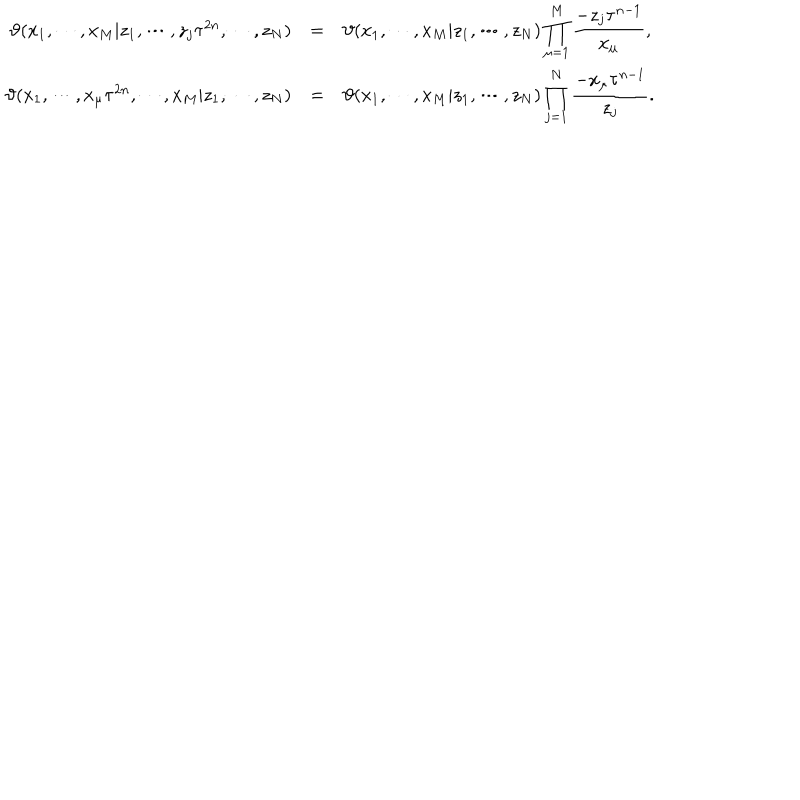
LaTeX: \begin{array} { r c l } { { \vartheta ( x _ { 1 } , \cdots , x _ { M } | z _ { 1 } , \cdots , z _ { j } \tau ^ { 2 n } , \cdots , z _ { N } ) } } & { { = } } & { { \vartheta ( x _ { 1 } , \cdots , x _ { M } | z _ { 1 } , \cdots , z _ { N } ) \displaystyle \prod _ { \mu = 1 } ^ { M } \frac { - z _ { j } \tau ^ { n - 1 } } { x _ { \mu } } , } } \\ { { \vartheta ( x _ { 1 } , \cdots , x _ { \mu } \tau ^ { 2 n } , \cdots , x _ { M } | z _ { 1 } , \cdots , z _ { N } ) } } & { { = } } & { { \vartheta ( x _ { 1 } , \cdots , x _ { M } | z _ { 1 } , \cdots , z _ { N } ) \displaystyle \prod _ { j = 1 } ^ { N } \frac { - x _ { \mu } \tau ^ { n - 1 } } { z _ { j } } . } } \\ \end{array}